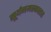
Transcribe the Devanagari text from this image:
सूर्यनमस्कारात